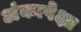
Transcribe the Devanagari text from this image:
अंकापेक्षा